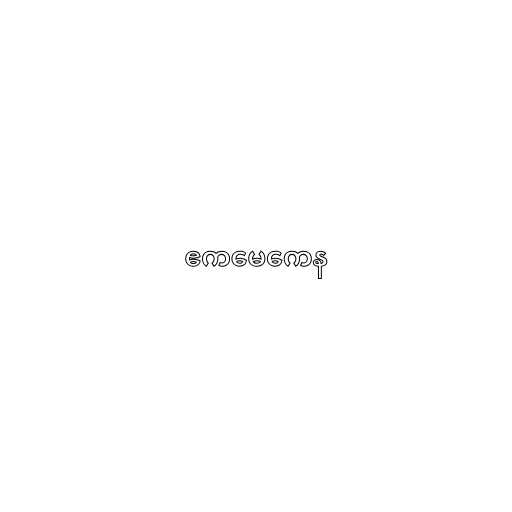
ဧကမေကေန